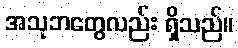
အသုဘတွေလည်း ရှိသည်။